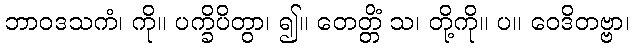
ဘာဝဒသကံ၊ ကို။ ပက္ခိပိတွာ၊ ၍။ တေတ္တိံ သ၊ တို့ကို။ ပ။ ဝေဒိတဗ္ဗာ၊